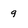
Character: 9